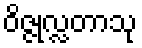
ဝိဇ္ဇုလ္လတာသု